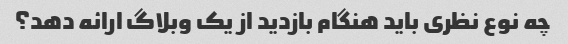
چه نوع نظری باید هنگام بازدید از یک وبلاگ ارائه دهد؟